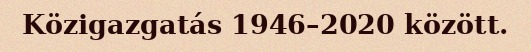
Közigazgatás 1946–2020 között.